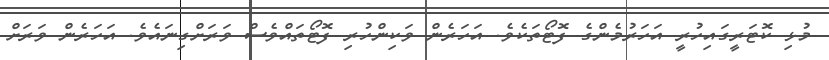
މުޅި ކޮޓަރީގައިހުރީ އަހަރުމެންގެ ފޮޓޯތަކެވެ. އަހަރެން ވަކިންހުރި ފޮޓޯތައްވެސް ވަރަށްގިނައެވެ. އަހަރެން ވަރަށް